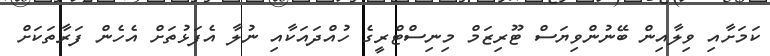
ކަމަށާއި ވިލާއިން ބޭނުންވިޔަސް ޓޫރިޒަމް މިނިސްޓްރީގެ ހުއްދައަކާއި ނުލާ އެފަޅުތަށް އެހެން ފަރާތަކަށް